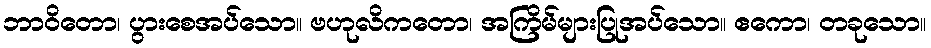
ဘာဝိတော၊ ပွားစေအပ်သော။ ဗဟုလိကတော၊ အကြိမ်များပြုအပ်သော။ ဧကော၊ တခုသော။